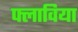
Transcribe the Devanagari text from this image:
फ्लाविया